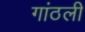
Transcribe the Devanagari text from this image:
गांठली